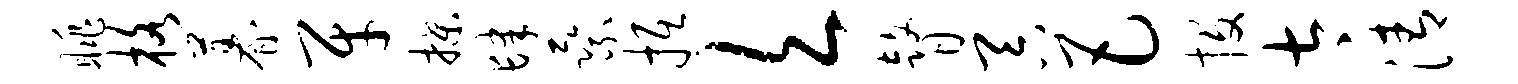
眺格暮牙揲肆乘抵欠瞽吞巴投太清